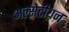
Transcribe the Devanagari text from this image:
अल्सेटीयन